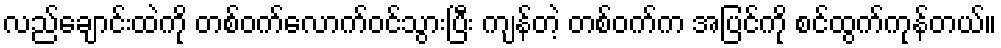
လည်ချောင်းထဲကို တစ်ဝက်လောက်ဝင်သွားပြီး ကျန်တဲ့ တစ်ဝက်က အပြင်ကို စင်ထွက်ကုန်တယ်။